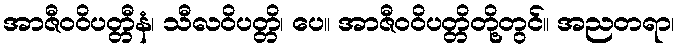
အာဇီဝဝိပတ္တီနံ၊ သီလဝိပတ္တိ၊ ပေ။ အာဇီဝဝိပတ္တိတို့တွင်။ အညတရာ၊